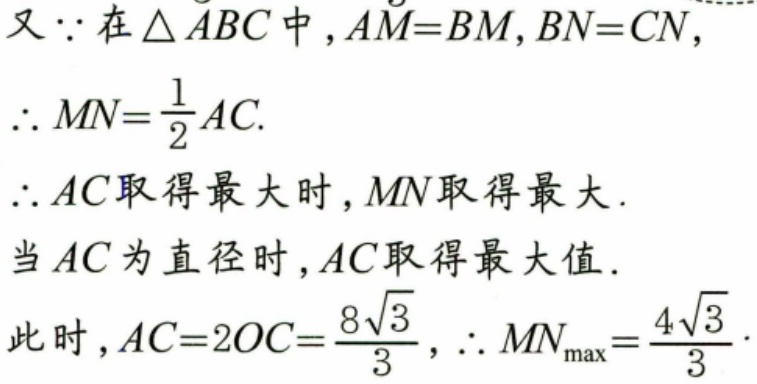
又\(\because\)在\(\triangle ABC\)中，\(AM = BM,BN = CN\)，
\(\therefore MN=\frac{1}{2}AC.\)
\(\therefore AC\)取得最大时，\(MN\)取得最大．
当\(AC\)为直径时，\(AC\)取得最大值．
此时，\(AC = 2OC=\frac{8\sqrt{3}}{3}\)，\(\therefore MN_{\max}=\frac{4\sqrt{3}}{3}\)．